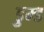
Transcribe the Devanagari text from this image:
डुम्ड